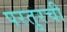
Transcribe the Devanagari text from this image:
परतुरची